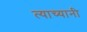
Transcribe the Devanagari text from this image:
त्याच्यानी